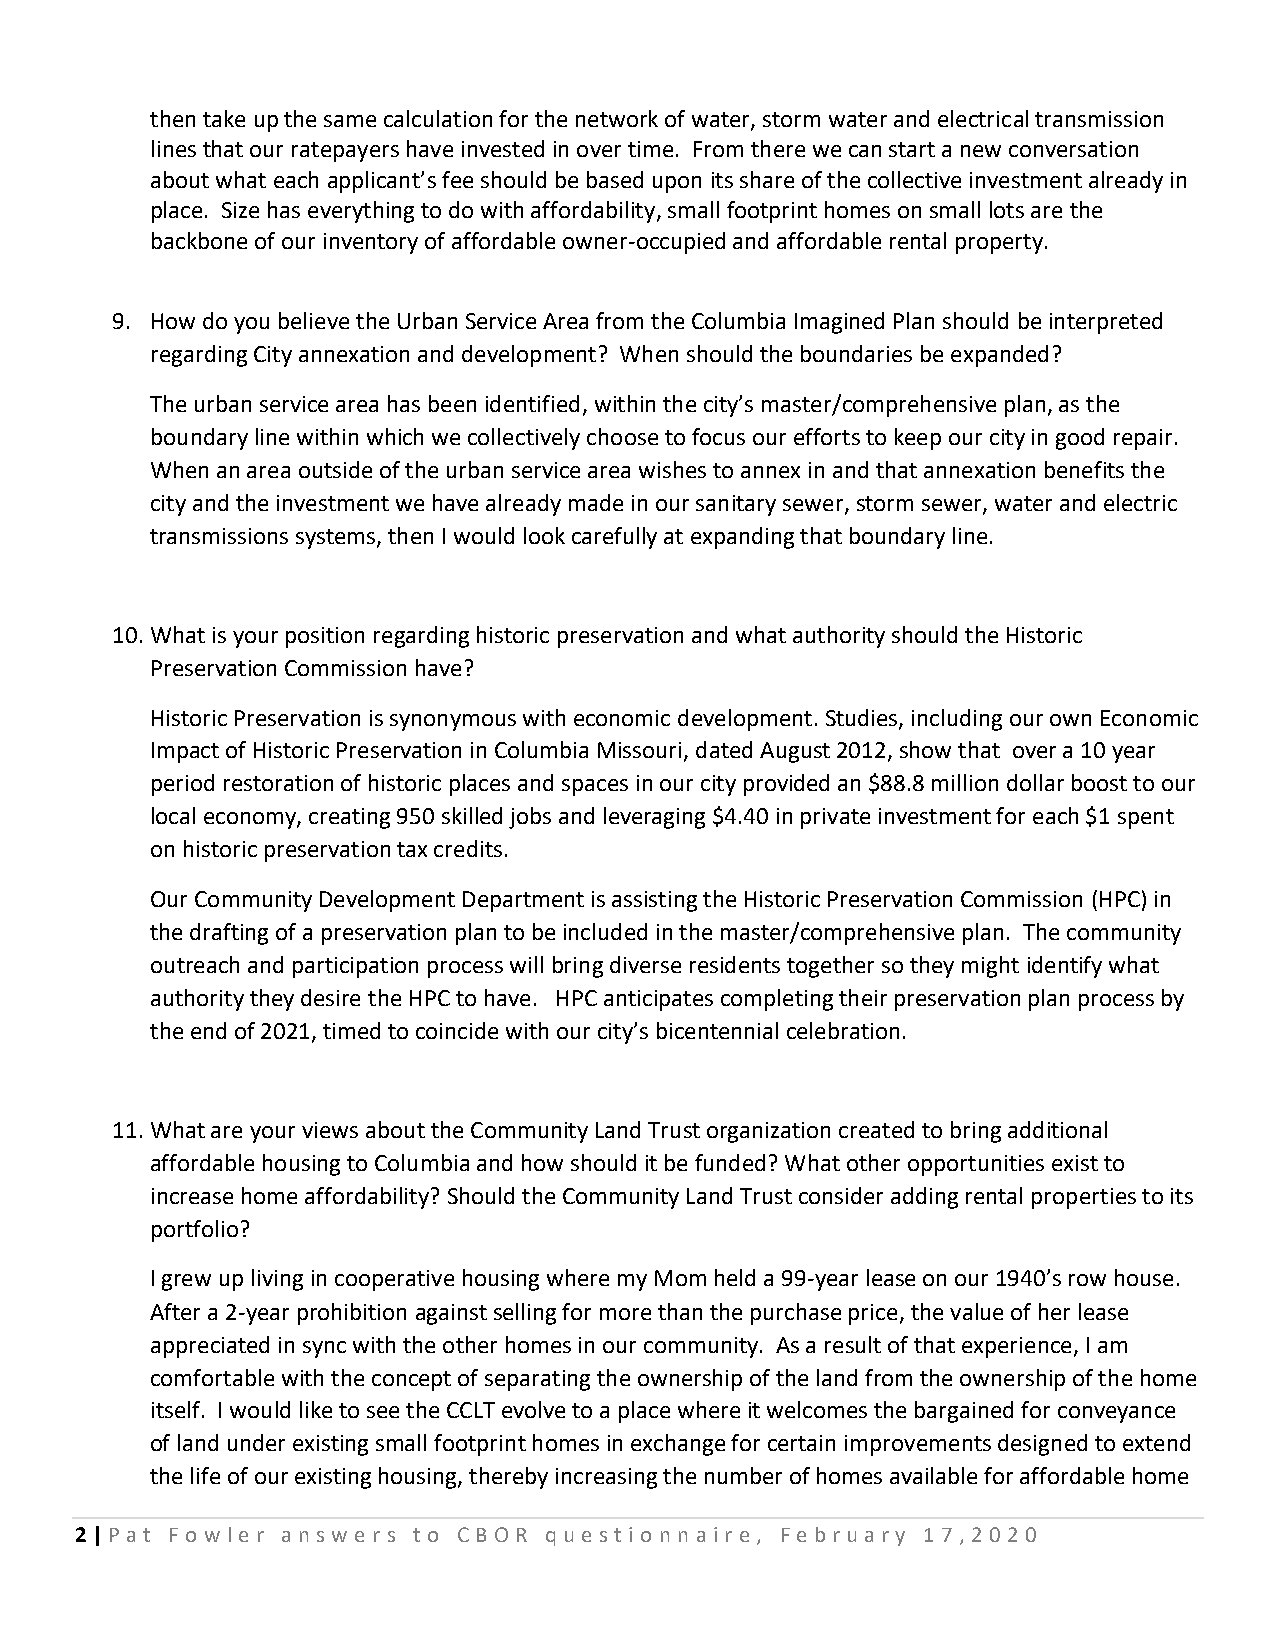
then take up the same calculation for the network of water, storm water and electrical transmission
 lines that our ratepayers have invested in over time. From there we can start a new conversation
 about what each applicant’s fee should be based upon its share of the collective investment already in
 place. Size has everything to do with affordability, small footprint homes on small lots are the
 backbone of our inventory of affordable owner-occupied and affordable rental property.
 9. How do you believe the Urban Service Area from the Columbia Imagined Plan should be interpreted
 regarding City annexation and development? When should the boundaries be expanded?
 The urban service area has been identified, within the city’s master/comprehensive plan, as the
 boundary line within which we collectively choose to focus our efforts to keep our city in good repair.
 When an area outside of the urban service area wishes to annex in and that annexation benefits the
 city and the investment we have already made in our sanitary sewer, storm sewer, water and electric
 transmissions systems, then I would look carefully at expanding that boundary line.
 10. What is your position regarding historic preservation and what authority should the Historic
 Preservation Commission have?
 Historic Preservation is synonymous with economic development. Studies, including our own Economic
 Impact of Historic Preservation in Columbia Missouri, dated August 2012, show that over a 10 year
 period restoration of historic places and spaces in our city provided an $88.8 million dollar boost to our
 local economy, creating 950 skilled jobs and leveraging $4.40 in private investment for each $1 spent
 on historic preservation tax credits.
 Our Community Development Department is assisting the Historic Preservation Commission (HPC) in
 the drafting of a preservation plan to be included in the master/comprehensive plan. The community
 outreach and participation process will bring diverse residents together so they might identify what
 authority they desire the HPC to have. HPC anticipates completing their preservation plan process by
 the end of 2021, timed to coincide with our city’s bicentennial celebration.
 11. What are your views about the Community Land Trust organization created to bring additional
 affordable housing to Columbia and how should it be funded? What other opportunities exist to
 increase home affordability? Should the Community Land Trust consider adding rental properties to its
 portfolio?
 I grew up living in cooperative housing where my Mom held a 99-year lease on our 1940’s row house.
 After a 2-year prohibition against selling for more than the purchase price, the value of her lease
 appreciated in sync with the other homes in our community. As a result of that experience, I am
 comfortable with the concept of separating the ownership of the land from the ownership of the home
 itself. I would like to see the CCLT evolve to a place where it welcomes the bargained for conveyance
 of land under existing small footprint homes in exchange for certain improvements designed to extend
 the life of our existing housing, thereby increasing the number of homes available for affordable home
 2 | P at Fo w le r answ e rs t o CBO R que st io nnaire, February 17 ,20 20